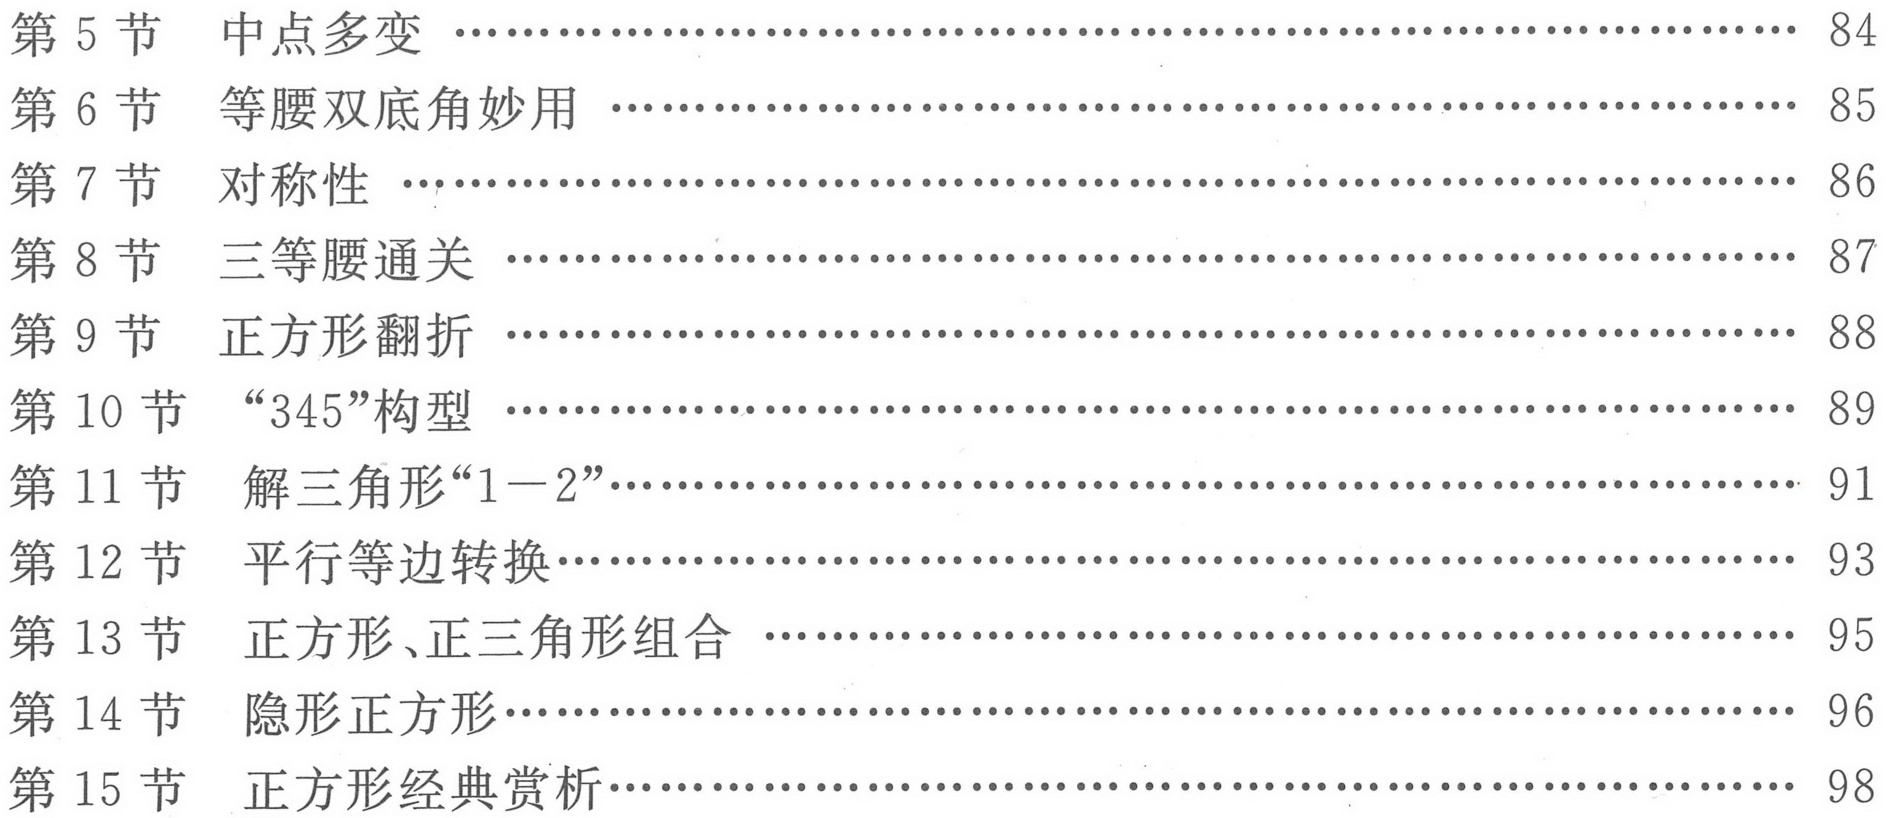
第5节 中点多变 …………………………………………………………… 84
第6节 等腰双底角妙用 ……………………………………………………… 85
第7节 对称性 ……………………………………………………………… 86
第8节 三等腰通关 …………………………………………………………… 87
第9节 正方形翻折 …………………………………………………………… 88
第10节 “345”构型 …………………………………………………………… 89
第11节 解三角形“1−2”……………………………………………………… 91
第12节 平行等边转换………………………………………………………… 93
第13节 正方形、正三角形组合 ………………………………………………… 95
第14节 隐形正方形…………………………………………………………… 96
第15节 正方形经典赏析……………………………………………………… 98